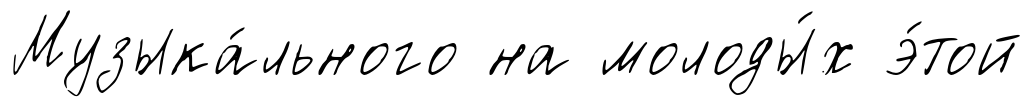
Музыка́льного на молоды́х э́той